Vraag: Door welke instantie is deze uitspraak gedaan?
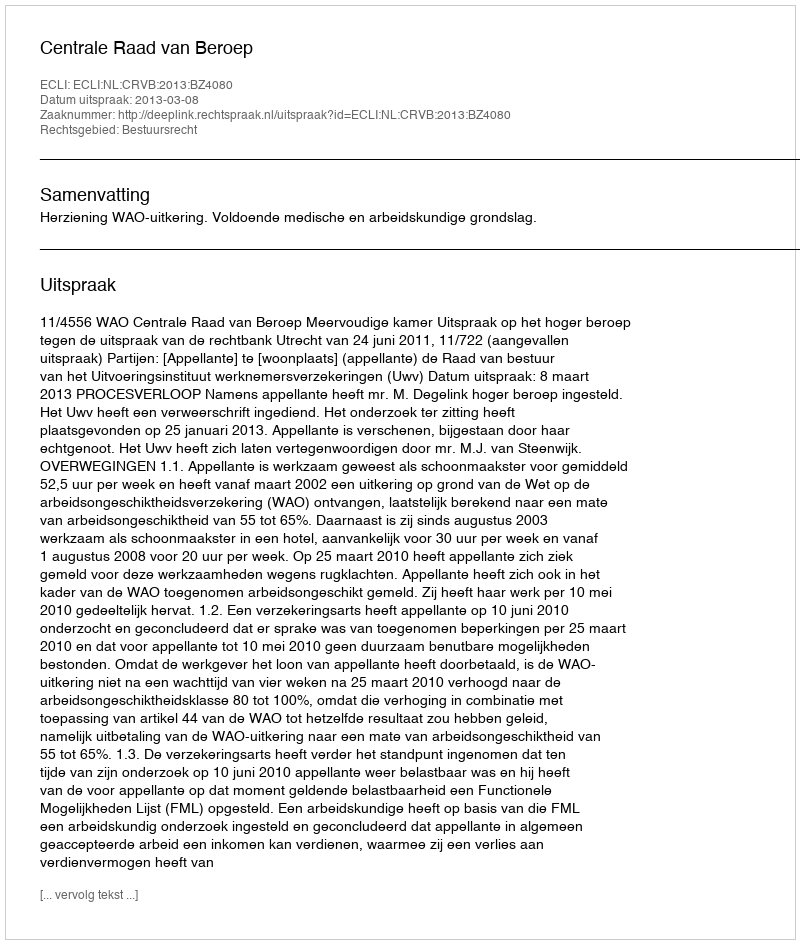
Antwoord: Centrale Raad van Beroep